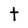
Character: t